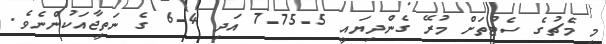
މި މެޗުގެ ސެޓުތަށް މުރޭ ގެންދިޔައީ 5-75-7 އަދި 4-6 ގެ ނަތީޖާއަކުންނެވެ.